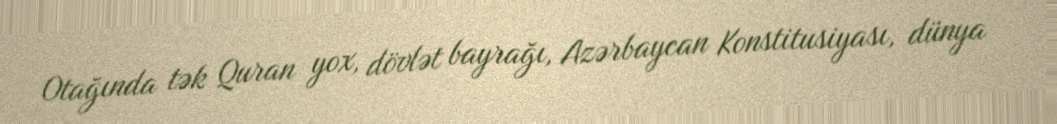
Otağında tək Quran yox, dövlət bayrağı, Azərbaycan Konstitusiyası, dünya